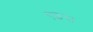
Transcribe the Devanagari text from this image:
एइस